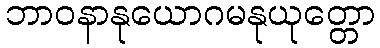
ဘာဝနာနုယောဂမနုယုတ္တော